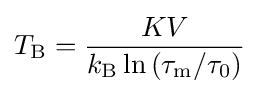
T_{\text{B}}={\frac {KV}{k_{\text{B}}\ln \left(\tau _{\text{m}}/\tau _{0}\right)}}